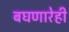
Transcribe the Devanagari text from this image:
बघणारेही